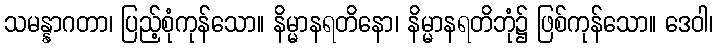
သမန္နာဂတာ၊ ပြည့်စုံကုန်သော။ နိမ္မာနရတိနော၊ နိမ္မာနရတိဘုံ၌ ဖြစ်ကုန်သော။ ဒေဝါ၊